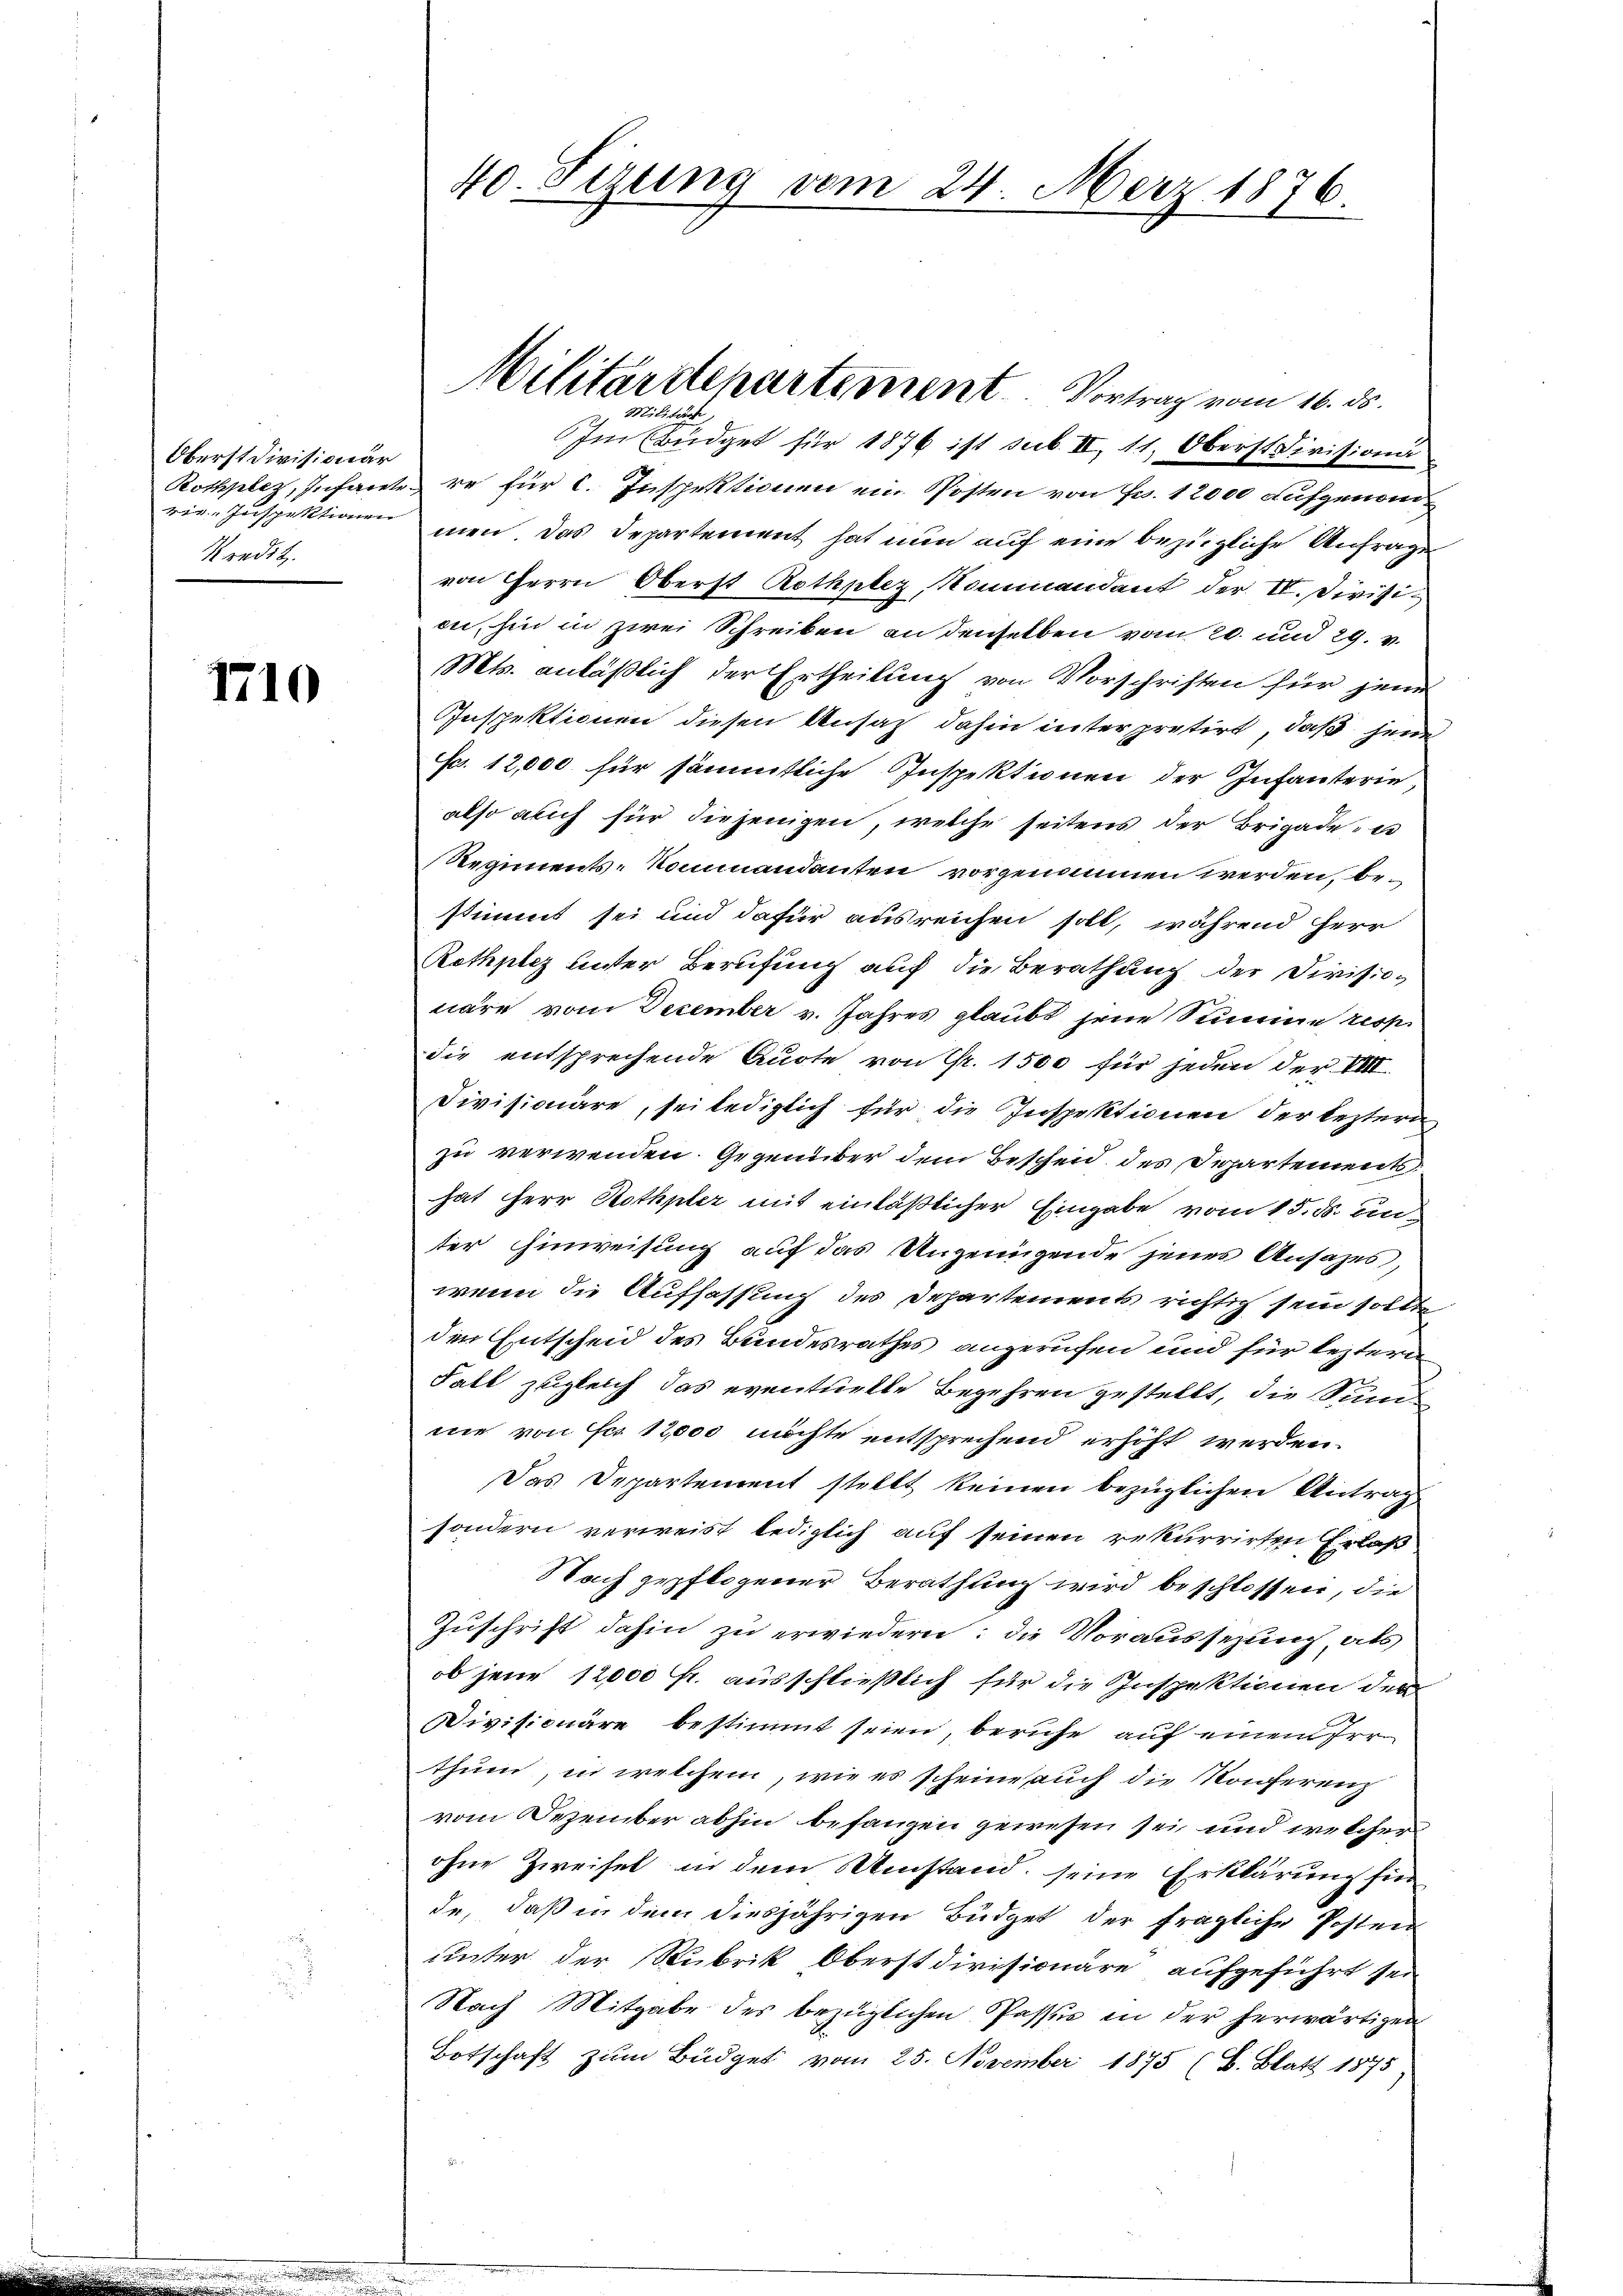
Oberst Divisionär
 Inspektionen
Kredit.

1710

Im Büdget für 1876 ist sub II, 11, Oberst Division
Rothplaz, Infantere für C. Inspektionen ein Posten von Fr. 12000 aufgenommen. Das Departement hat nun auf eine bezügliche Anfrage
von Herrn Oberst Rothplez, Kommandant der II. Divisi
on, hin in zwei Schreiben an denselben vom 20. und 29. v.
Mts. anläßlich der Ertheilung von Vorschriften für jenes
Inspektionen diesen Ansatz dahin interpretirt, daß jene
f. 12,000 für sämmtliche Inspektionen der Infanterie,
also auch für diejenigen, welche seitens der Brigade es
Regiments-Kommandanten vorgenommen werden, bestimmt sei und dafür ausreichen soll, während Herr
Rothplez unter Berufung auf die Berathung der Divisionäre vom December v. Jahres glaubt jene Summine resp.
die entsprechende Quote von Fr. 1500 für jeden der VIII.
Divisionäre, sei lediglich für die Inspektionen der leztern
zu verwenden. Gegenüber dem Bescheid des Departements
hat Herr Rothpler mit einläßlicher Eingabe vom 15. ds. un
ter Hinweisung auf das Angenügende jenes Ansazes,
wenn die Auffassung des Departements richtig sein sollte
den Entscheid des Bundesrathes angerufen und für leztere
Fall zugleich das eventuelle Begehren gestellt, die Sind
ne von Fr. 12,000 möchte entsprechend erhöht werden.
Das Departement stellt keinen bezüglichen Antrag
sondern verweist lediglich auf seinen rekurrirten Erlaß
Nach gepflogener Berathung wird beschlossen, die
Zuschrift dahin zu erwiedern: die Voraussezung, als
ob jene 12000 fr. ausschließlich für die Inspektionen der
Divisionäre bestimmt seien, beruhe auf einem Irrthum, in welchem, wie es scheine auch die Konferenz
vom Dezember abhin befangen gewesen sei und welchen
ohne Zweifel in dem Umstand seine Erklärung für
de, daß in dem diesjährigen Büdget der fragliche Posten
unter der Rubrik Oberstdivisionäre aufgeführt sei
Nach Mitgabe des bezüglichen Passus in der herwärtigen
Botschaft zum Büdget vom 25. November 1875 (B. Blatt 1875

40. Sizung vom 24. März 1876.

Militärdepartement. Vortrag vom 16. ds.
Militärs,